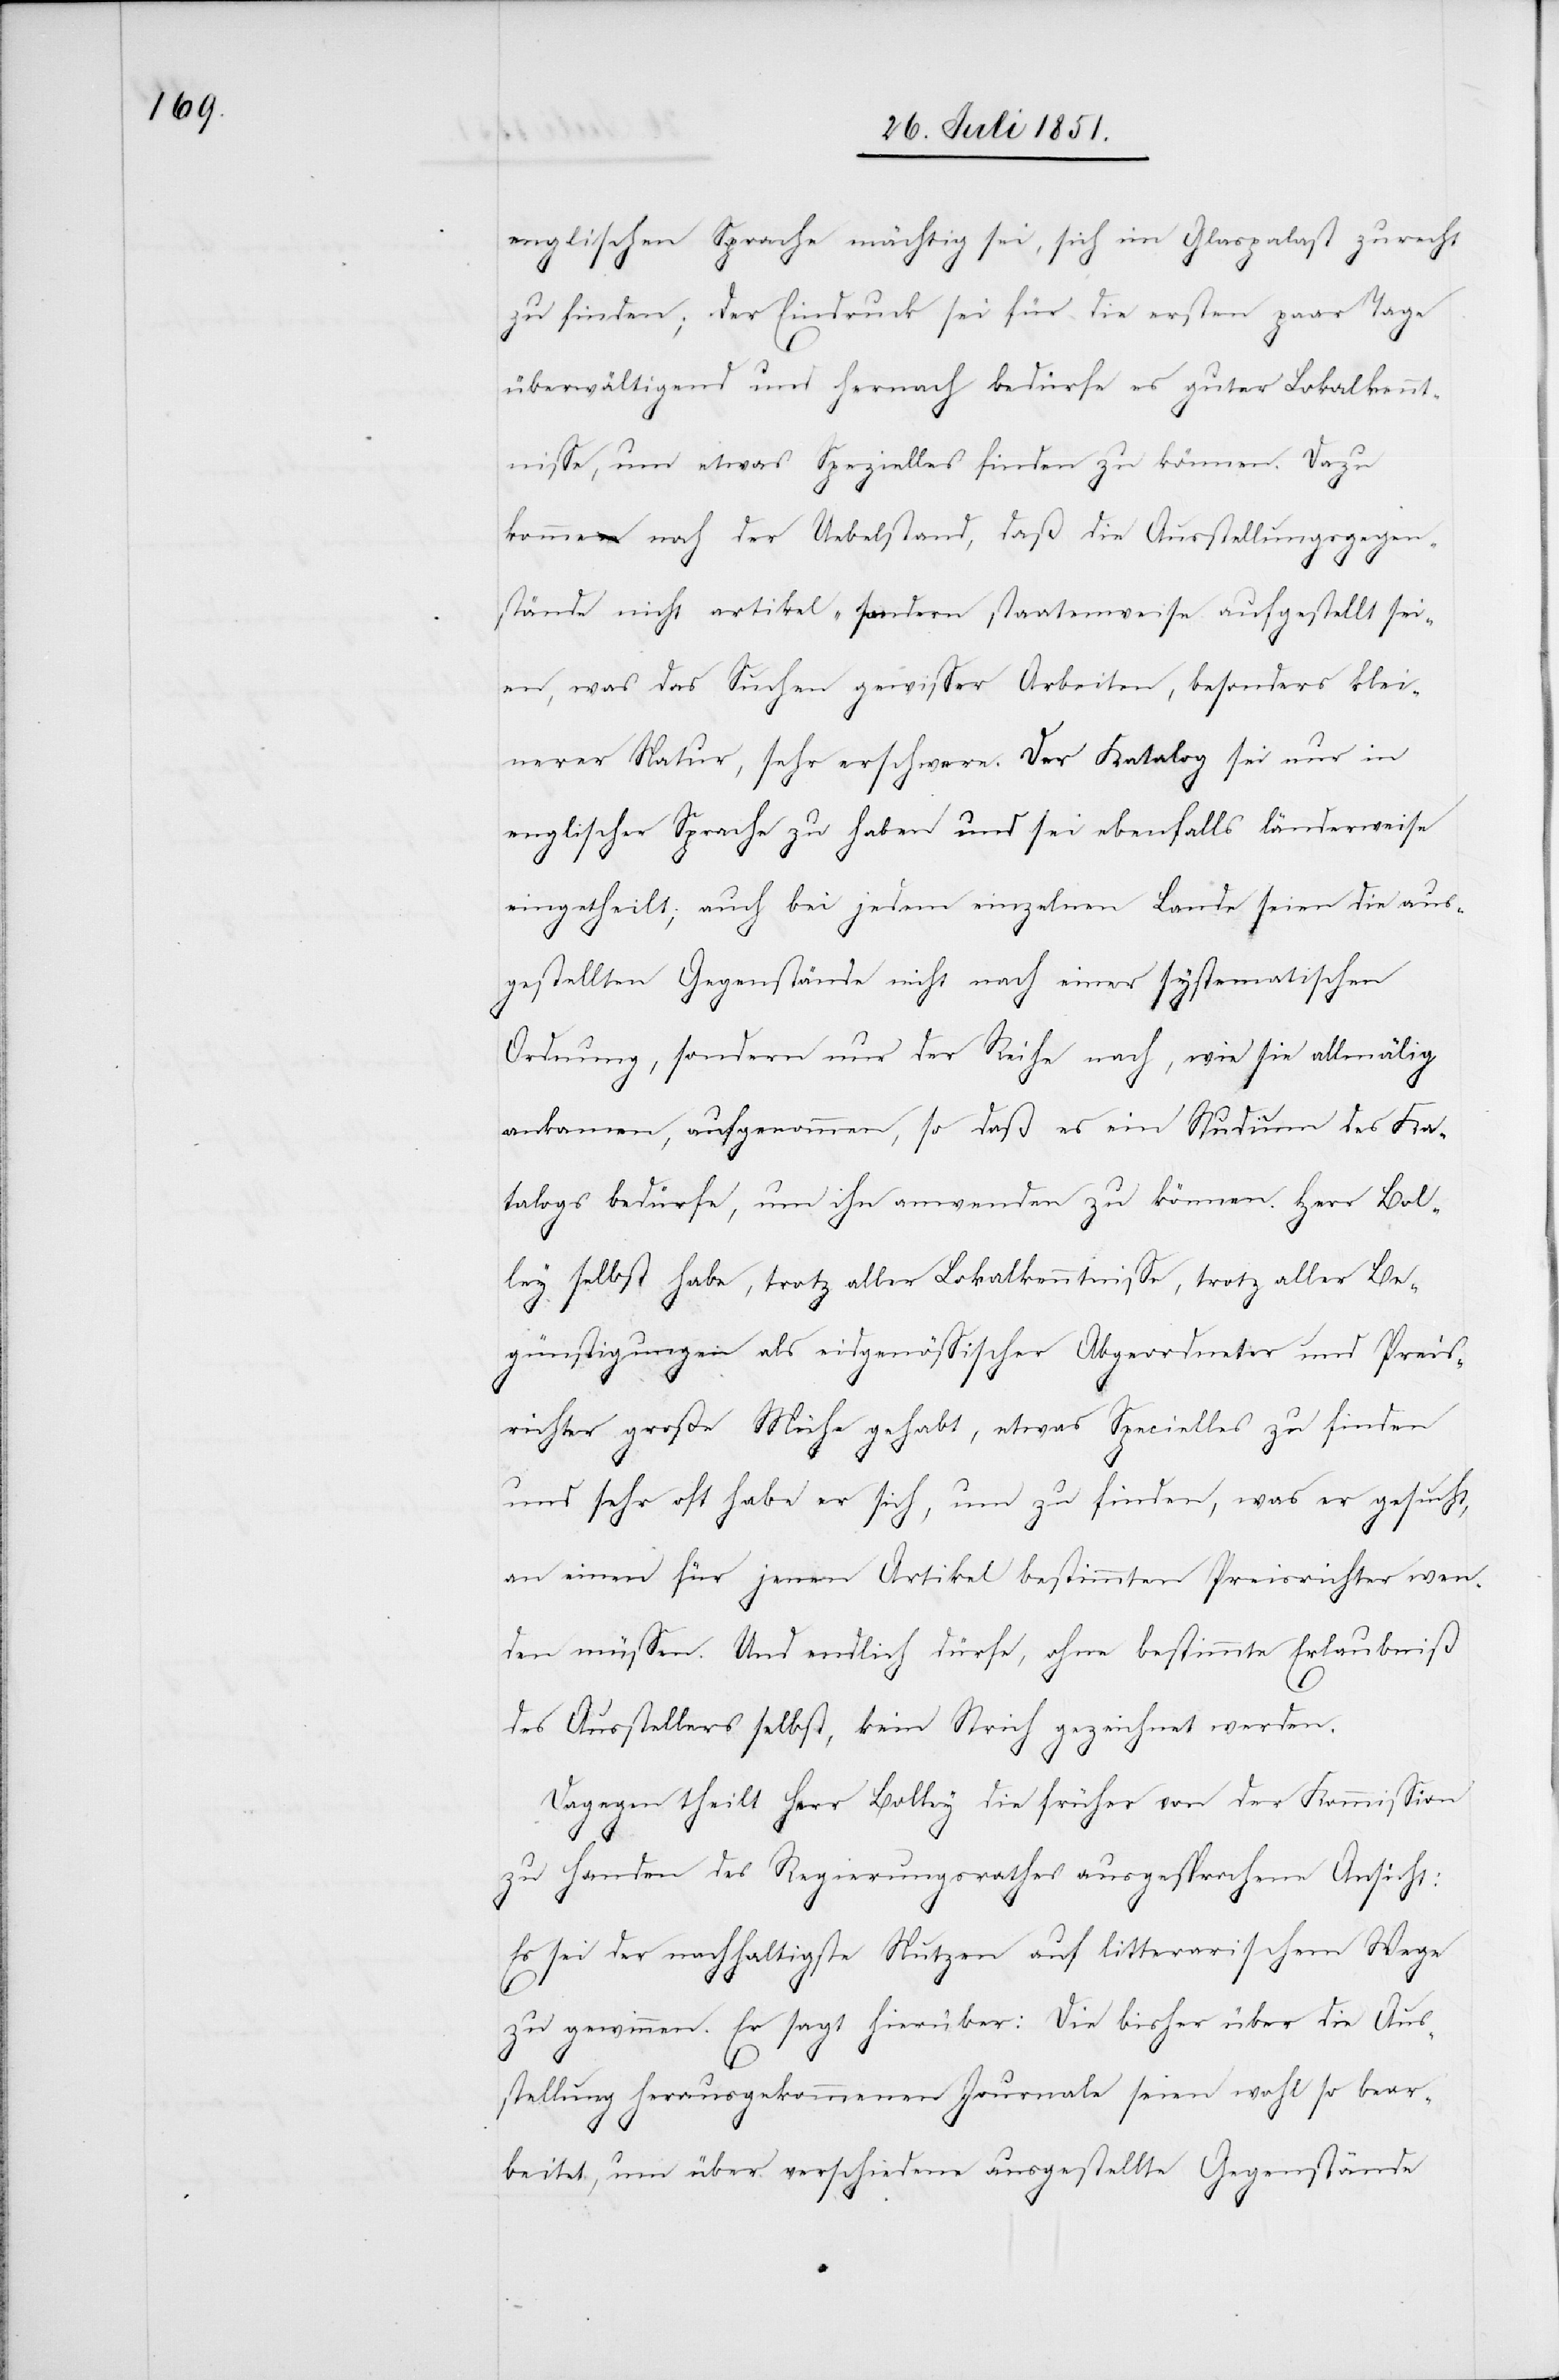
englischen Sprache mächtig sei, sich im Glaspalast zurecht
zu finden; der Eindruck sei für die ersten paar Tage
überwältigend und hernach bedürfe es guter Lokalkennt¬
nisse, um etwas Spezielles finden zu können. Dazu
komme noch der Uebelstand, daß die Ausstellungsgegen¬
stände nicht artikel- sonder staatenweise aufgestellt sei¬
en, was das Suchen gewisser Arbeiten, besonders klei¬
nerer Natur, sehr erschwere. Der Katalog sei nur in
englischer Sprache zu haben und sei ebenfalls länderweise
eingetheilt; auch bei jedem einzelnen Lande seien die aus¬
gestellten Gegenstände nicht nach einer systematischen
Ordnung, sondern nur der Reihe nach, wie sie allmälig
ankamen, aufgenommen, so daß es ein Studium des Ka¬
talogs bedürfe, um ihn anwenden zu können. Herr Bol¬
ley selbst habe, trotz aller Lokalkenntnisse, trotz aller Be¬
günstigungen als eidgenössischer Abgeordneter und Preis¬
richter große Mühe gehabt, etwas Specielles zu finden
und sehr oft habe er sich, um zu finden, was er gesucht,
an einen für jenen Artikel bestimmten Preisrichter wen¬
den müssen. Und endlich dürfe, ohne bestimmte Erlaubniß
des Ausstellers selbst, kein Strich gezeichnet werden.
Dagegen theilt Herr Bolley die früher von der Kommission
zu Handen des Regierungsrathes ausgesprochene Ansicht:
Es sei der nachhaltigste Nutzen auf litterarischem Wege
zu gewinnen. Er sagt hierüber: Die bisher über die Aus¬
stellung herausgekommenen Journale seien wohl so bear¬
beitet, um über verschiedene ausgestellte Gegenstände